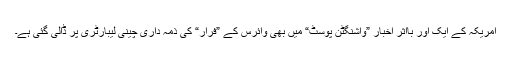
امریکہ کے ایک اور بااثر اخبار ”واشنگٹن پوسٹ“ میں بھی وائرس کے ”فرار“ کی ذمہ داری چینی لیبارٹری پر ڈالی گئی ہے۔